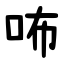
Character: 咘